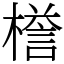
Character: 𣚞